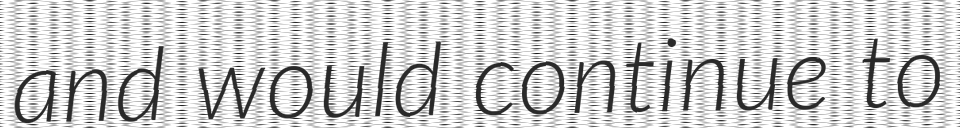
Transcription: and would continue to